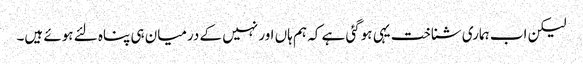
لیکن اب ہماری شناخت یہی ہوگئی ہے کہ ہم ہاں اور نہیں کے درمیان ہی پناہ لئے ہوئے ہیں۔